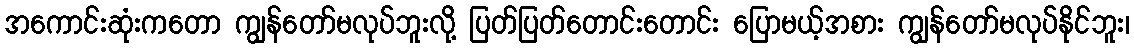
အကောင်းဆုံးကတော ကျွန်တော်မလုပ်ဘူးလို့ ပြတ်ပြတ်တောင်းတောင်း ပြောမယ့်အစား ကျွန်တော်မလုပ်နိုင်ဘူး၊